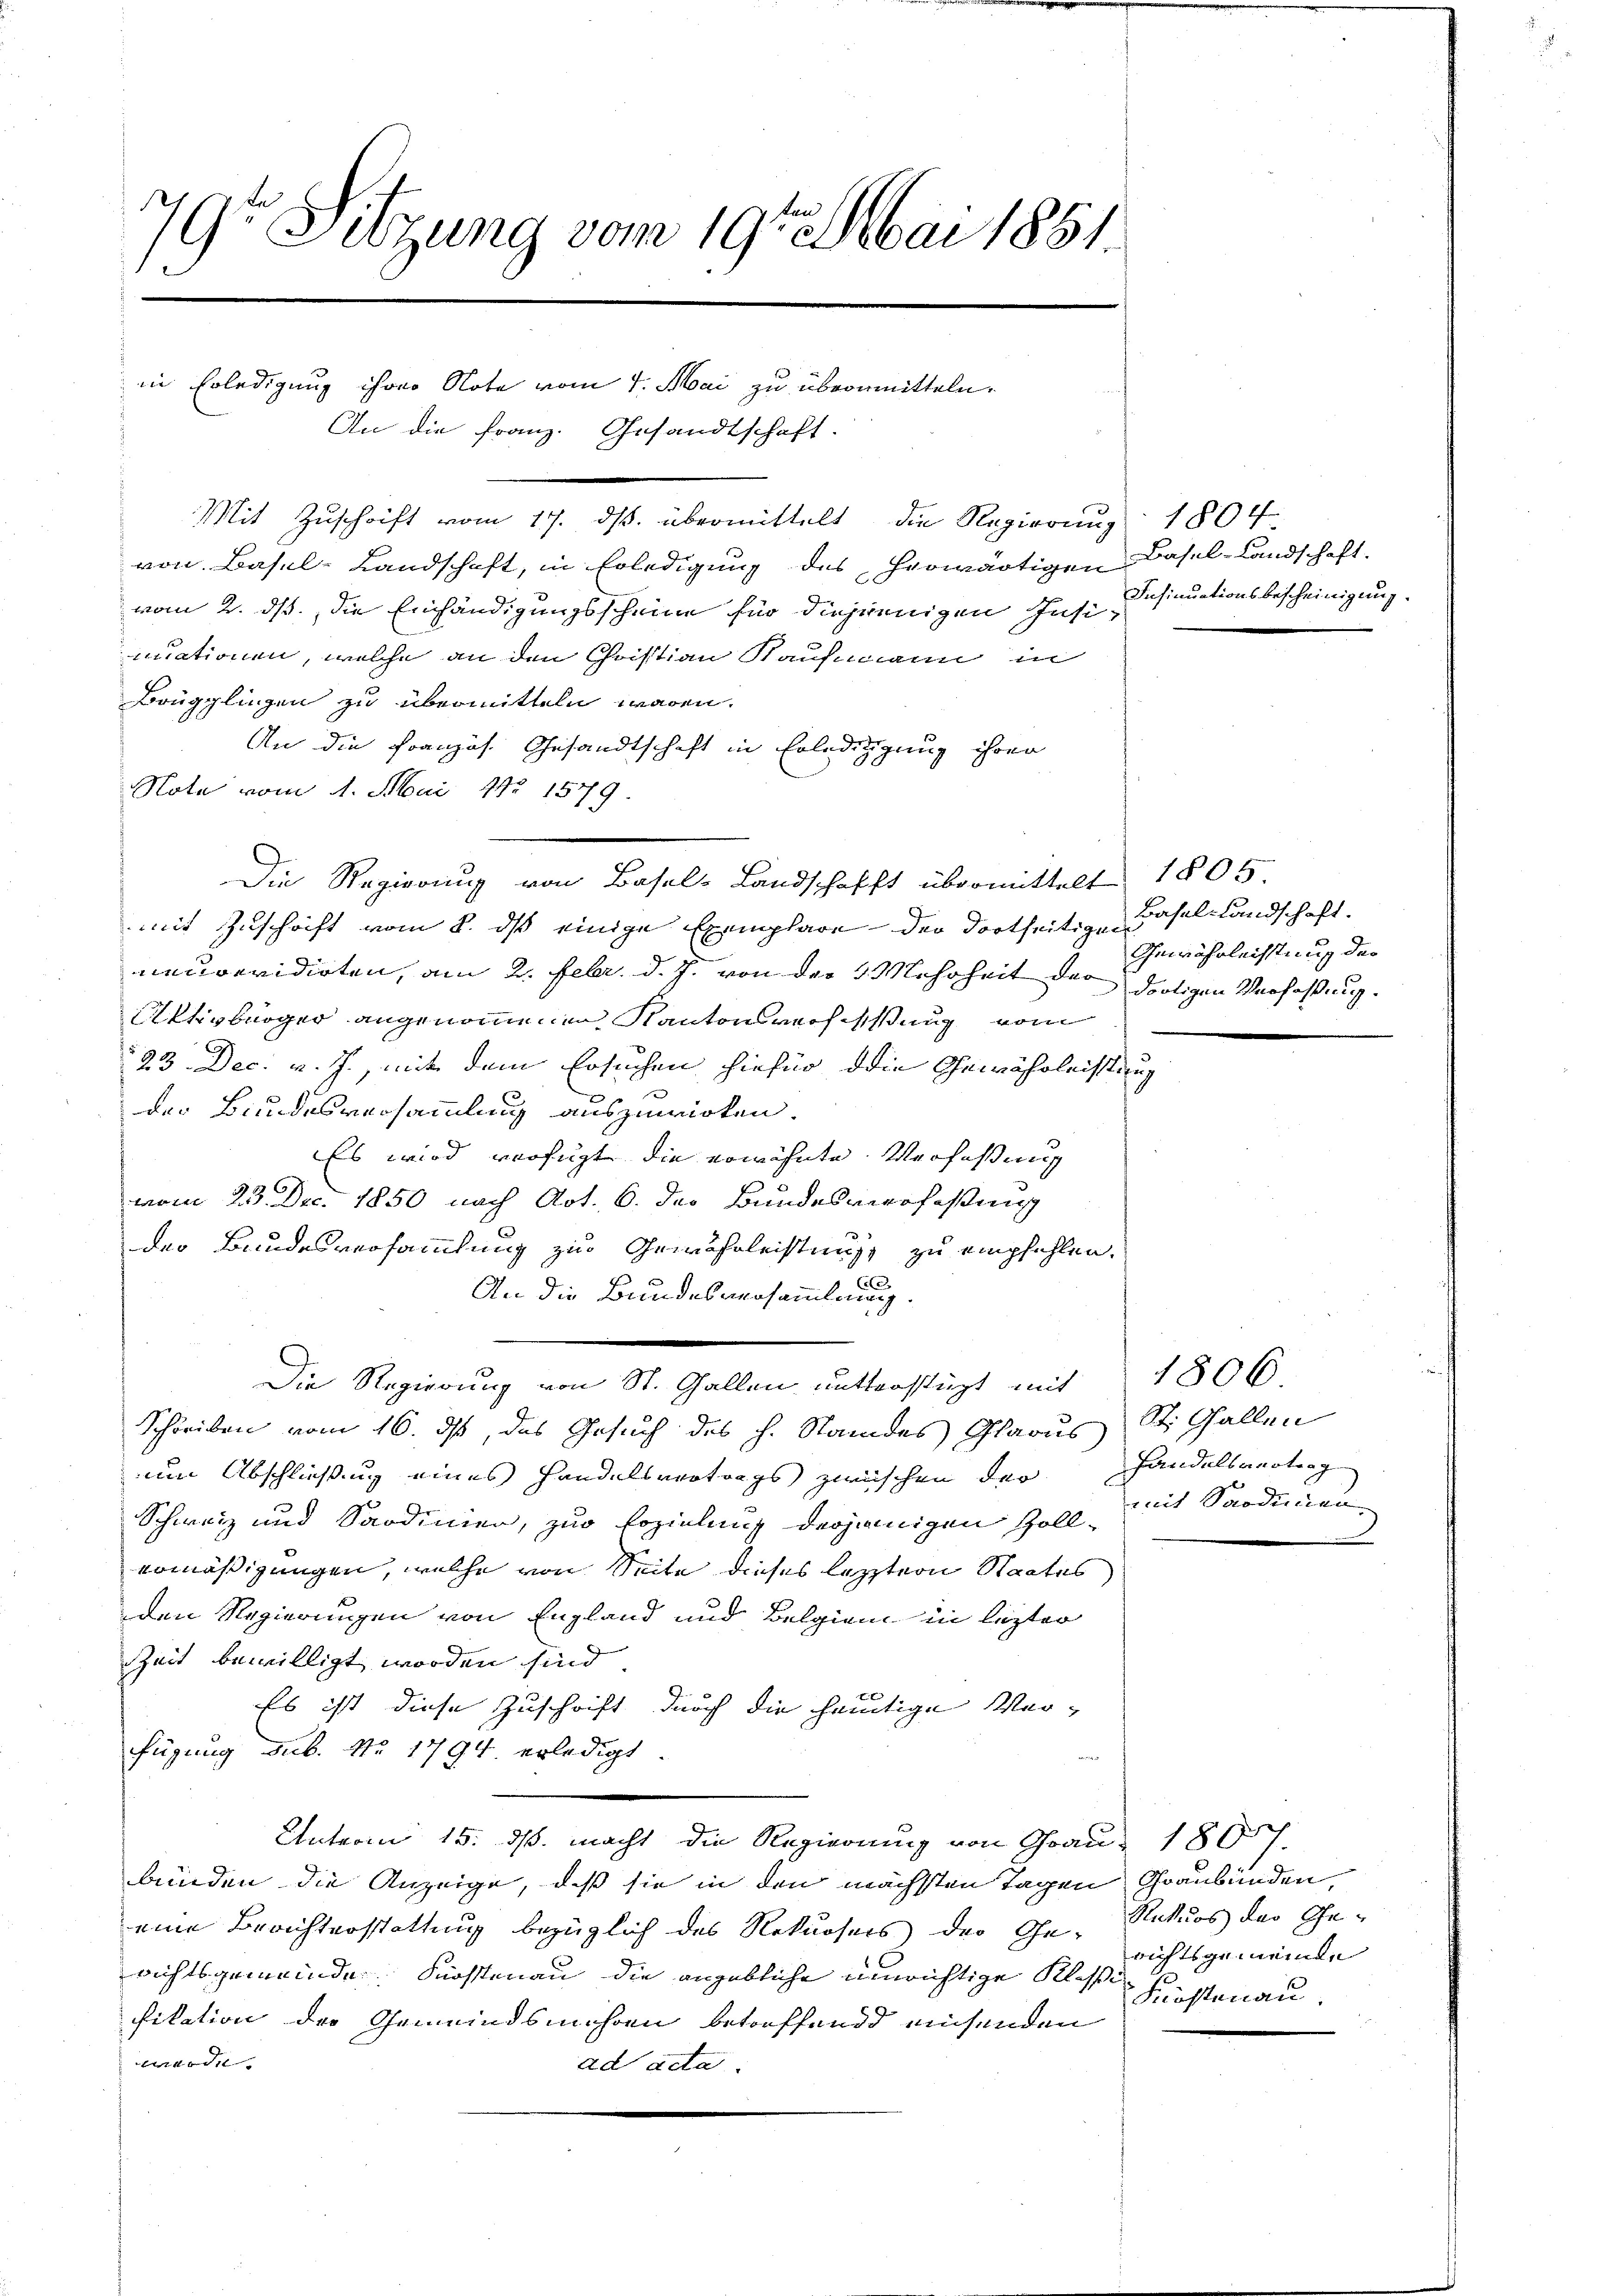
79r Sitzung vom 19ten Mai 1851

in Erledigung ihrer Note vom 1. Mai zu übermitteln.

An die Franz. Gesandtschaft.
Mit Zuschrift vom 17. ds. übermittelt die Regierung 1804
von Basel-Landschaft, in Erledigung des herwärtigen Basel-Landschaft.
vom 2. ds., die Einhändigungsscheine für diejenigen Insi-
mnationen, welche an den Christian Kaufmann in
Brugglingen zu übermitteln waren.
An die Französ. Gesandtschaft in Erledigung ihrer
Nota vom 1. Mai No 1579.
mit Zuschrift vom 8. ds einige Exemplare der dortseitige Basellandschaft.
neuvevidirten, am 2. Febr. d. J. von der Mehrheit der Poligen Verfaßung.
Aktivbürger angenommenen Kantonsverfassung vom
23 Dec. v. J., mit dem Ersuchen hiefür die Gewährleistung
der Bundesversammlung auszuwirken.
Es wird verfügt die erwähnte Verfaßung
vom 23. Dec. 1850 nach Art. 6. des Bundesverfaßung
der Bundesversammlung zur Gemährleistung, zu empfehlen.
An die Bundesversammlung.
Die Regierung von St. Gallen mutterstützt mit
Schreiben vom 16. ds, das Gesuch des h. Standes Glarus St. Gallen
um Abschließung eines Handelsvertrags zwischen der Handelsvertrag
Schweiz und Sardinier, zur Erzielung derjenigen Zollermäßigungen, welche von Seite dieses letztern Staates
den Regierungen von England und Belgien in lezter
Zeit bewilligt worden sind
Es ist diese Zuschrift durch die heutige Verfügung sub. No. 1794. erledigt.

Unterm 15. ds. macht die Regierung von Frau 1807.
bünden die Anzeige, daß sie in den mächsten Tagen Graubünden,
eine Berichterstattung bezüglich des Rekursers der Ge- Naturs der Ge-
richtsgemeinde. Fürstenau die angebliche unrichtige Klassi
sitation der Gemeindsmehren betreffend einsenden
t
ad acta.

Die Regierung von Basel-Landschafft übermittelt 1805.

Insinuationsbescheinigung.

Gewährleichstung der

1806
mit Sardinien.

richtsgemeinde |
Fürstenau.